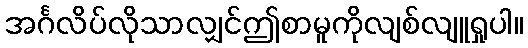
အင်္ဂလိပ်လိုသာလျှင်ဤစာမူကိုလျစ်လျူရှုပါ။